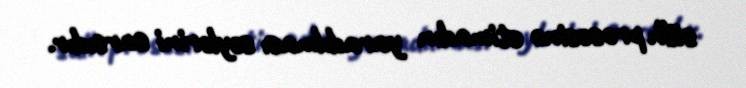
sülh prosesinə etimadın yaradılması səylərini sarsıdır.